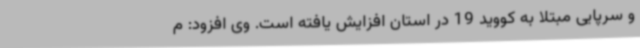
و سرپایی مبتلا به کووید 19 در استان افزایش یافته است. وی افزود: م